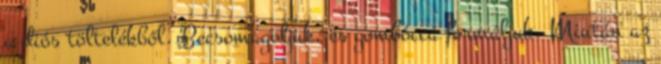
a diós töltelékből. Becsomagoljuk, és gombóccá formáljuk. Miután az